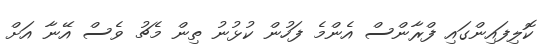
ކޮލިފައިންގައި ފްރާންސް އެންމެ ފަހުން ކުޅުނު ތިން މެޗު ވެސް އޭނާ އަށް